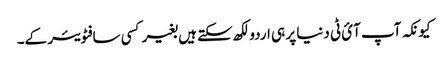
کیونکہ آپ آئ ٹی دنیا پر ہی اردو لکھ سکتے ہیں بغیر کسی سافٹویئر کے۔